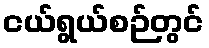
ငယ်ရွယ်စဉ်တွင်